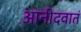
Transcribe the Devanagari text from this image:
आनीदवातं